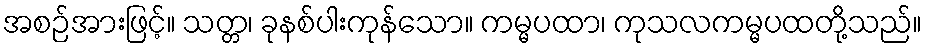
အစဉ်အားဖြင့်။ သတ္တ၊ ခုနစ်ပါးကုန်သော။ ကမ္မပထာ၊ ကုသလကမ္မပထတို့သည်။